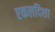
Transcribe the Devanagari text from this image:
एकलदिशा